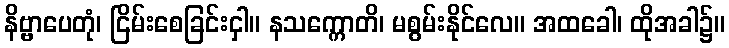
နိဗ္ဗာပေတုံ၊ ငြိမ်းစေခြင်းငှါ။ နသက္ကောတိ၊ မစွမ်းနိုင်လေ။ အထခေါ၊ ထိုအခါ၌။